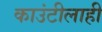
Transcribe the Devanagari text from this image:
काउंटीलाही